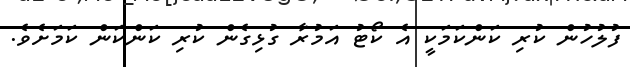
ފުލުހުން ކުރި ކަންކަމަކީ އެ ކޯޓު އަމުރާ ގުޅިގެން ކުރި ކަންކަން ކަމަށެވެ.